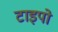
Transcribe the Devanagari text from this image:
टाइपो